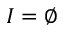
I = \varnothing